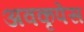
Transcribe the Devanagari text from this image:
अवकृपेस